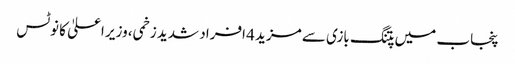
پنجاب میں پتنگ بازی سے مزید 4 افراد شدید زخمی، وزیر اعلیٰ کا نوٹس